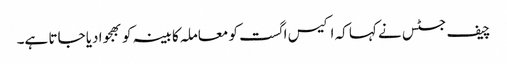
چیف جسٹس نے کہا کہ اکیس اگست کو معاملہ کابینہ کو بھجوا دیا جاتا ہے۔